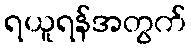
ရယူရန်အတွက်